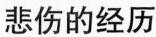
悲伤的经历